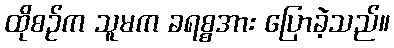
ထိုစဉ်က သူမက ခရစ္စအား ပြောခဲ့သည်။